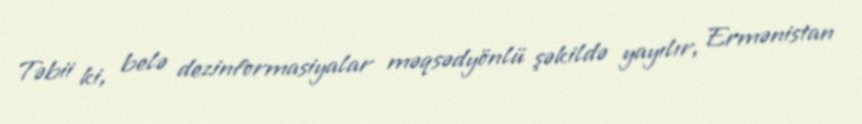
Təbii ki, belə dezinformasiyalar məqsədyönlü şəkildə yayılır, Ermənistan